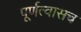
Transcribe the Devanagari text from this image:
पूर्णत्वासच